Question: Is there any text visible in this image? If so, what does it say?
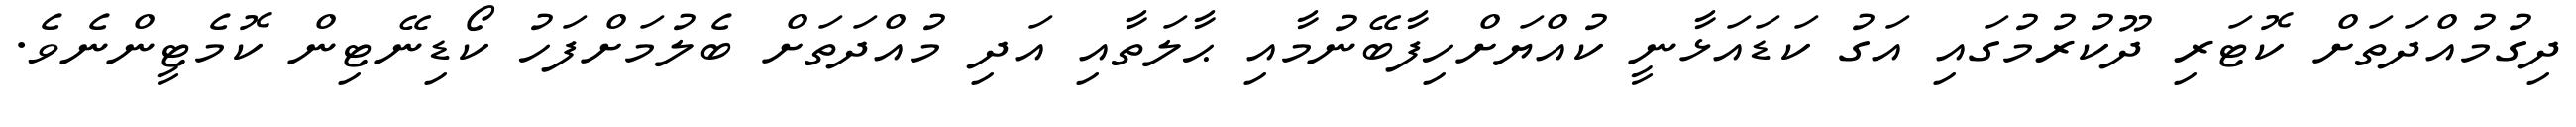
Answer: ދިގުމުއްދަތަށް ކޮޓަރި ދޫކުރުމުގައި އަގު ކަޑައަޅާނީ ކުއްޔަށްހިފާބޭނުމާއި ޙާލަތާއި އަދި މުއްދަތަށް ބެލުމަށްފަހު ކޯޑިނޭޓިން ކޮމެޓީންނެވެ.